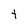
Character: t